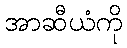
အာဆီယံကို